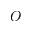
O